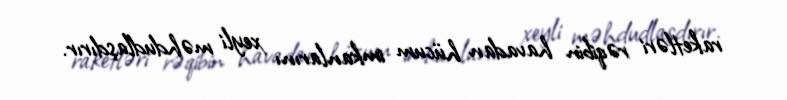
raketləri rəqibin havadan hücum imkanlarını xeyli məhdudlaşdırır.